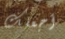
أجعلك